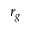
r _ { g }